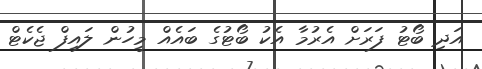
އަދި ބޯޓު ފަރަށް އެރުމާ އެކު ބޯޓުގެ ބައެއް މީހުން ލައިފް ޖެކެޓް